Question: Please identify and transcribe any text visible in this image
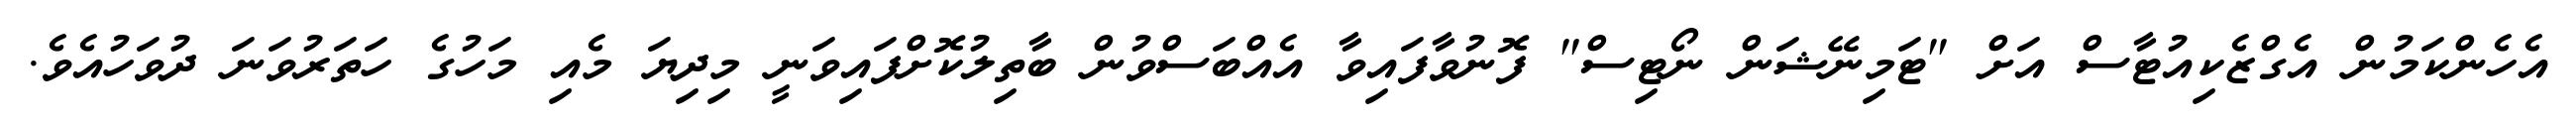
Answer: އެހެންކަމުން އެގްޒެކިއުޓާސް އަށް "ޓަމިނޭޝަން ނޯޓިސް" ފޮނުވާފައިވާ އެއްބަސްވުން ބާތިލުކޮށްފައިވަނީ މިދިޔަ މެއި މަހުގެ ހަތަރުވަނަ ދުވަހުއެވެ.